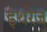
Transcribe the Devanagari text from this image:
इथरेज